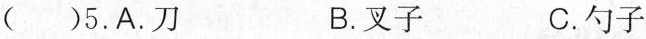
()5.A.刀 B.叉子 C.勺子